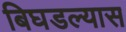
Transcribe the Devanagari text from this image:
बिघडल्यास